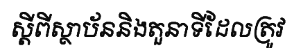
ស្តីពីស្ថាប័ននិងតួនាទីដែលត្រូវ